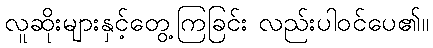
လူဆိုးများနှင့်တွေ့ကြခြင်း လည်းပါဝင်ပေ၏။